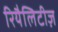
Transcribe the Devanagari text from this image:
रियैलिटीज़